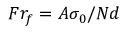
F r _ { f } = A \sigma _ { 0 } / N d